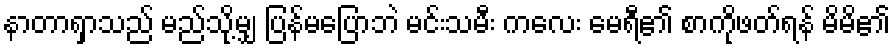
နာတာရှာသည် မည်သို့မျှ ပြန်မပြောဘဲ မင်းသမီး ကလေး မေရီ၏ စာကိုဖတ်ရန် မိမိ၏